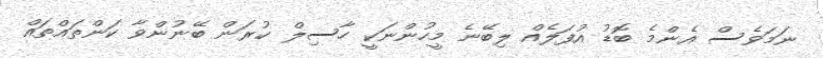
ނަމަވެސް އެންމެ ބޮޑު އުފަލެއް ލިބޭނެ މީހުންނަކީ ހާސިލް ކުރަން ބޭނުންވާ ކަންތައްތައް